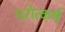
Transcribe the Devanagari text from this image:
परोत्कर्ष